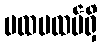
ပထမထပ်ရှိ